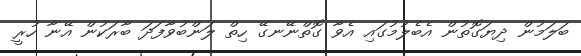
ބަލަމުން ދިޔަގޮތުން އެބެލުމުގައި އެވާ ގޮތްނޭނގޭ ހިތް ލަންބުވާފަދަ ބާރަކުން އޭނާ ހުރީ